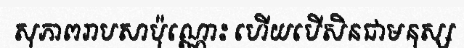
សុភាពរាបសាប៉ុណ្ណោះ ហើយបើសិនជាមនុស្ស